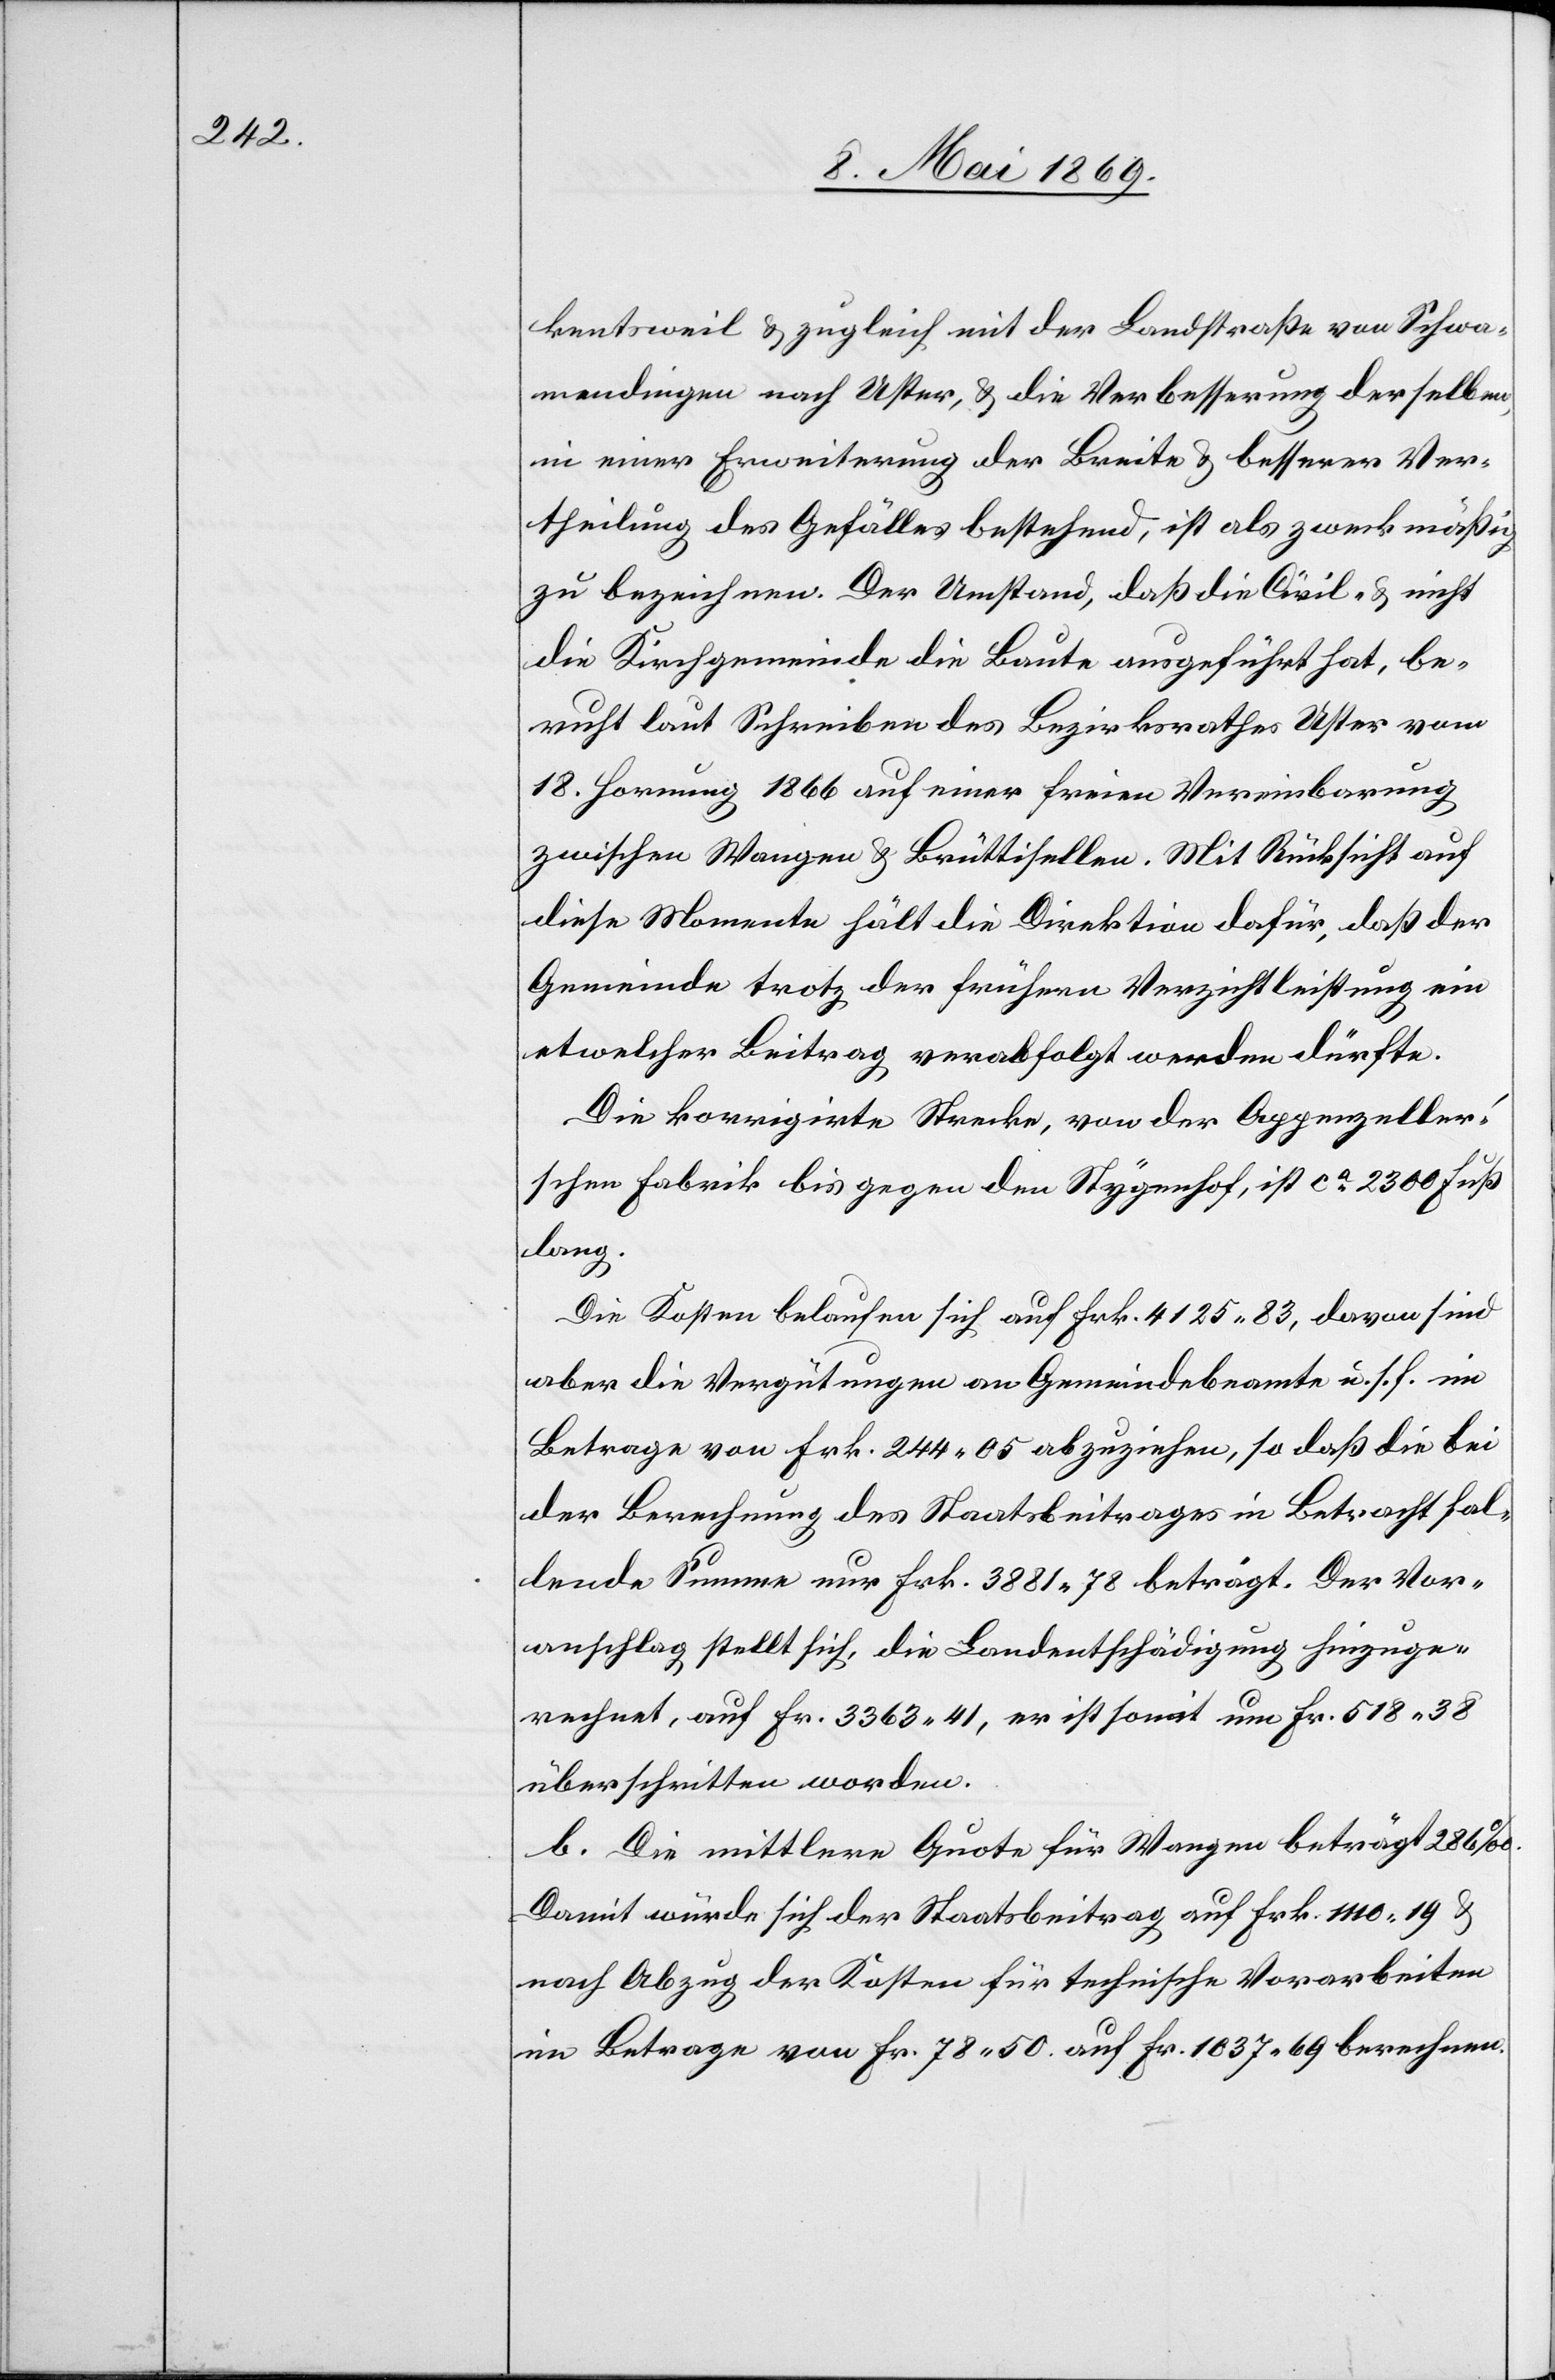
ketsweil u. zugleich mit der Landstraße von Schwa¬
mendingen nach Uster, u. die Verbesserung derselben,
in einer Erweiterung der Breite u. besserer Ver¬
theilung des Gefälles bestehend, ist als zweckmäßig
zu bezeichnen. Der Umstand, daß die Civil- u. nicht
die Kirchgemeinde die Baute ausgeführt hat, be¬
ruht laut Schreiben des Bezirksrathes Uster vom
18. Hornung 1866 auf einer freien Vereinbarung
zwischen Wangen u. Brüttisellen. Mit Rücksicht auf
diese Momente hält die Direktion dafür, daß der
Gemeinde trotz der frühern Verzichtleistung ein
etwelcher Beitrag verabfolgt werden dürfte.
Die korrigirte Strecke, von der Appenzeller’s¬
chen Fabrik bis gegen den Stygerhof, ist ca 2300 Fuß
lang.
Die Kosten belaufen sich auf Frk. 4125.83, davon sind
aber die Vergütungen an Gemeindebeamte u. s. f. im
Betrage von Frk. 244.05 abzuziehen, so daß die bei
der Berechnung des Staatsbeitrages in Betracht fal¬
lende Summe nur Frk. 3881.78 beträgt. Der Vor¬
anschlag stellt sich, die Landentschädigung hinzuge¬
rechnet, auf Fr. 3363.41, er ist somit um Fr. 518.38
überschritten worden.
b. Die mittlere Quote für Wangen beträgt 286‰.
Damit würde sich der Staatsbeitrag auf Frk. 1110.19 u.
nach Abzug der Kosten für technische Vorarbeiten
im Betrage von Fr. 78.50 auf Fr. 1037.69 berechnen.